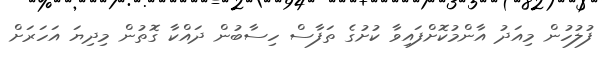
ފުލުހުން މިއަދު އާންމުކޮށްފައިވާ ކުށުގެ ތަފާސް ހިސާބުން ދައްކާ ގޮތުން މިދިޔަ އަހަރަށް